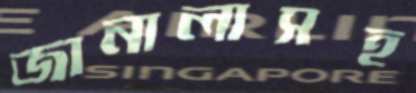
জানালাসহ